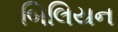
બિલિયન